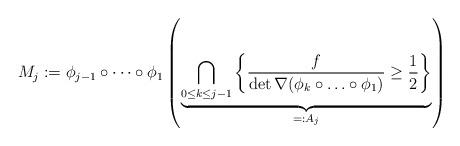
LaTeX: \begin{align*}M_j:=\phi_{j-1}\circ\cdots \circ\phi_1\left(\underbrace{\bigcap_{0\leq k\leq j-1}\left\{ \frac{f}{\det \nabla (\phi_{k}\circ \ldots \circ \phi_1)}\geq \frac{1}{2}\right\}}_{=:A_j}\right)\end{align*}